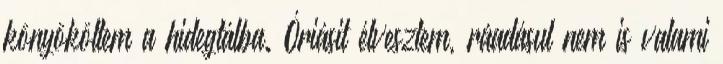
könyököltem a hidegtálba. Óriásit élvesztem, ráadásul nem is valami